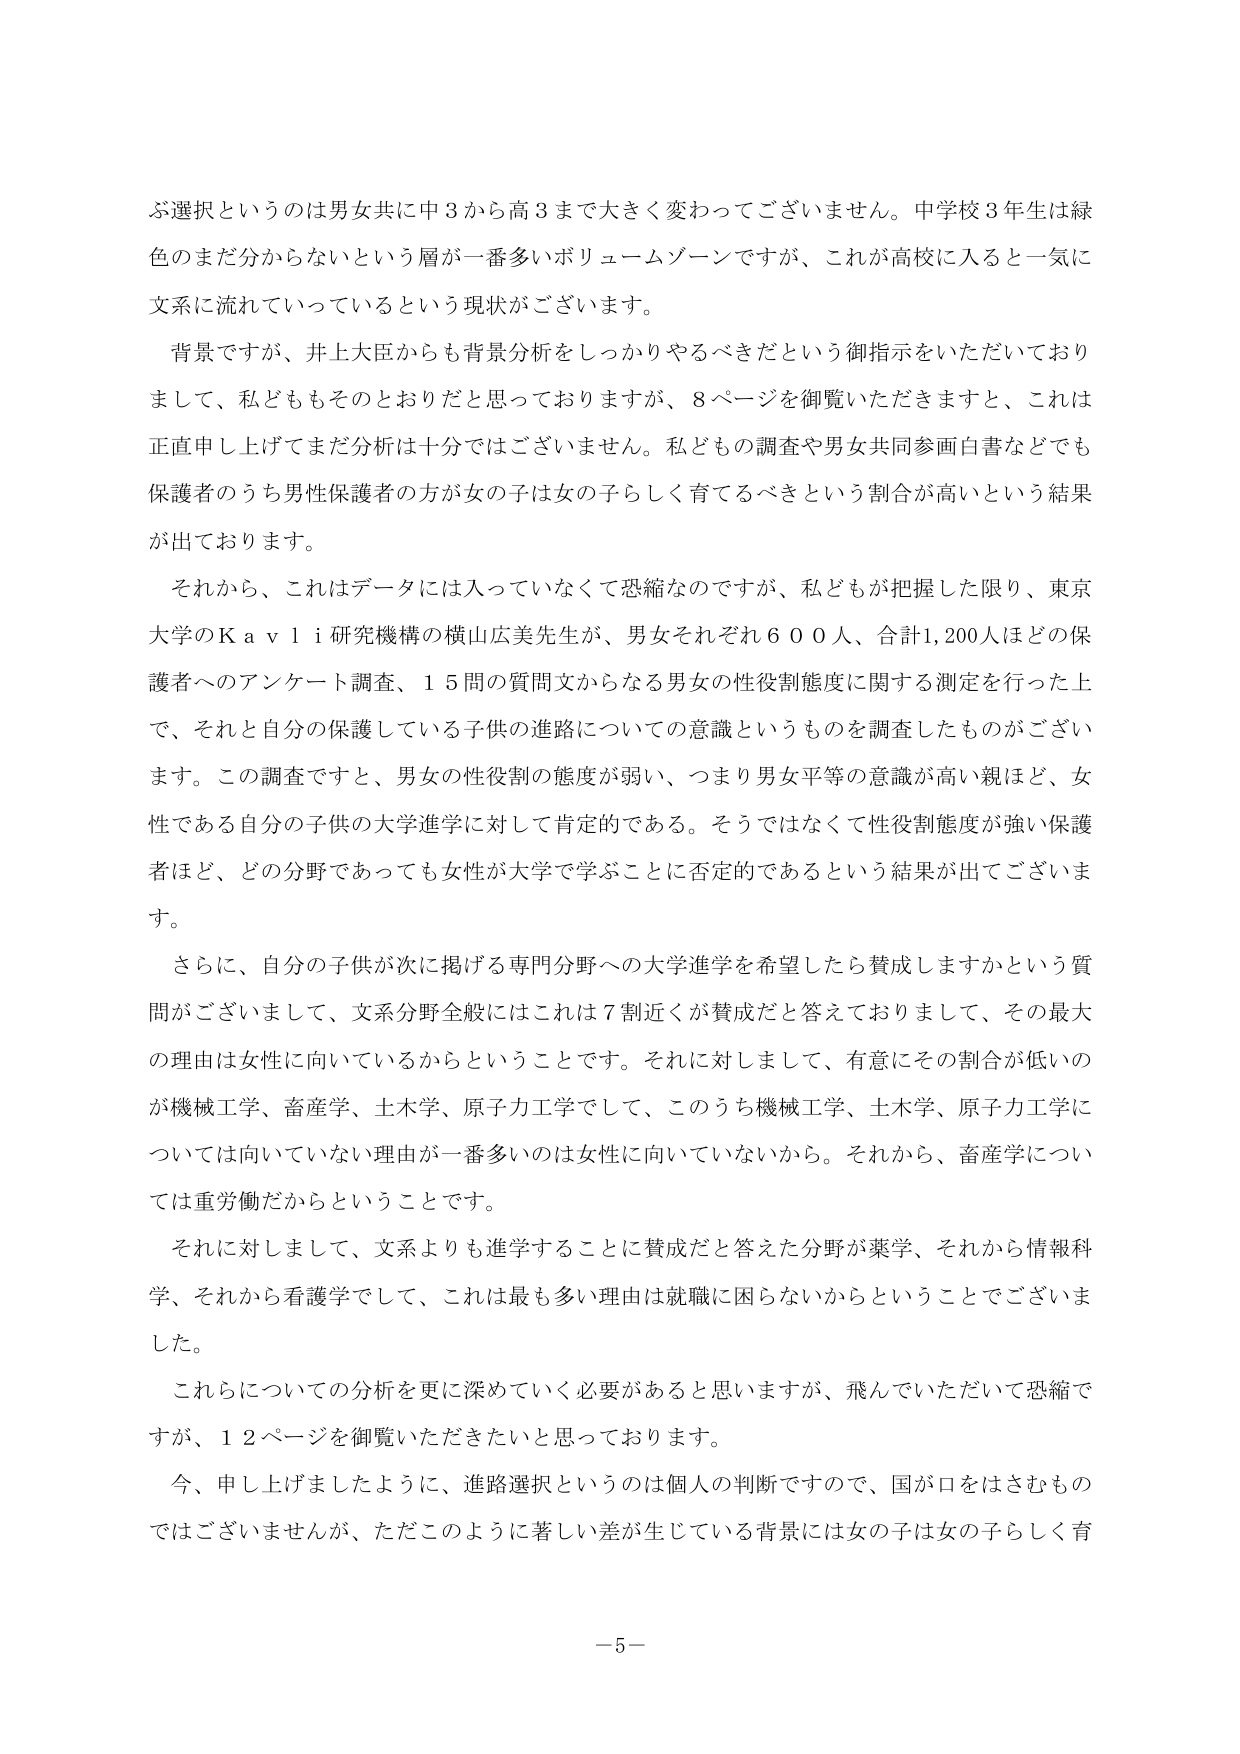
ぶ選択というのは男女共に中3から高3まで大きく変わってございません。中学校3年生は緑色のまだ分からないという層が一番多いボリュームゾーンですが、これが高校に入ると一気に文系に流れていっているという現状がございます。

背景ですが、井上大臣からも背景分析をしっかりやるべきだという御指示をいただいておりまして、私どももそのとおりだと思っておりますが、8ページを御覧いただきますと、これは正直申し上げてまだ分析は十分ではございません。私どもの調査や男女共同参画白書などでも保護者のうち男性保護者の方が女の子は女の子らしく育てるべきという割合が高いという結果が出ております。

それから、これはデータには入っていなくて恐縮なのですが、私どもが把握した限り、東京大学のKavli研究機構の横山広美先生が、男女それぞれ600人、合計1,200人ほどの保護者へのアンケート調査、15問の質問文からなる男女の性役割態度に関する測定を行った上で、それと自分の保護している子供の進路についての意識というものを調査したものがございます。この調査ですと、男女の性役割の態度が弱い、つまり男女平等の意識が高い親ほど、女性である自分の子供の大学進学に対して肯定的である。そうではなくて性役割態度が強い保護者ほど、どの分野であっても女性が大学で学ぶことに否定的であるという結果が出てございます。

さらに、自分の子供が次に掲げる専門分野への大学進学を希望したら賛成しますかという質問がございまして、文系分野全般にはこれは7割近くが賛成だと答えておりまして、その最大の理由は女性に向いているからということです。それに対しまして、有意にその割合が低いのが機械工学、畜産学、土木学、原子力工学でして、このうち機械工学、土木学、原子力工学については向いていない理由が一番多いのは女性に向いていないから。それから、畜産学については重労働だからということです。

それに対しまして、文系よりも進学することに賛成だと答えた分野が薬学、それから情報科学、それから看護学でして、これは最も多い理由は就職に困らないからということでございました。

これらについての分析を更に深めていく必要があると思いますが、飛んでいただいて恐縮ですが、12ページを御覧いただきたいと思っております。

今、申し上げましたように、進路選択というのは個人の判断ですので、国が口をはさむものではございませんが、ただこのように著しい差が生じている背景には女の子は女の子らしく育

－5－